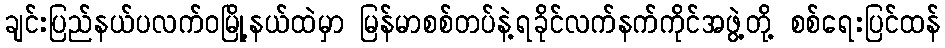
ချင်းပြည်နယ်ပလက်ဝမြို့နယ်ထဲမှာ မြန်မာစစ်တပ်နဲ့ရခိုင်လက်နက်ကိုင်အဖွဲ့တို့ စစ်ရေးပြင်ထန်